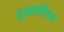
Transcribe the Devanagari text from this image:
हाकफील्ड